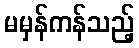
မမှန်ကန်သည့်